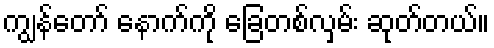
ကျွန်တော် နောက်ကို ခြေတစ်လှမ်း ဆုတ်တယ်။